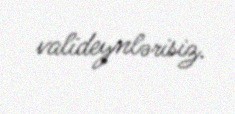
valideynlərisiz.